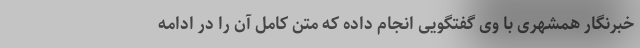
خبرنگار همشهری با وی گفتگویی انجام داده که متن کامل آن را در ادامه